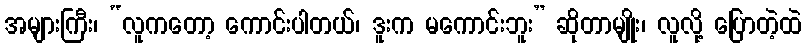
အများကြီး၊ “လူကတော့ ကောင်းပါတယ်၊ ဒူးက မကောင်းဘူး” ဆိုတာမျိုး၊ လူလို့ ပြောတဲ့ထဲ